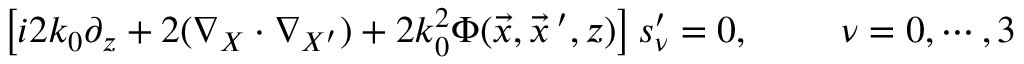
\begin{array} { r } { \left[ i 2 k _ { 0 } \partial _ { z } + 2 ( \nabla _ { X } \cdot \nabla _ { X ^ { \prime } } ) + 2 k _ { 0 } ^ { 2 } \Phi ( \vec { x } , \vec { x } \, ^ { \prime } , z ) \right] s _ { \nu } ^ { \prime } = 0 , \, \, \, \, \, \, \, \, \, \, \, \, \, \, \nu = 0 , \cdots , 3 } \end{array}